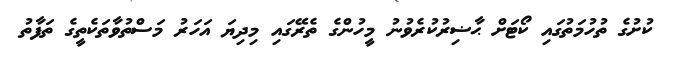
ކުށުގެ ތުހުމަތުގައި ކޯޓަށް ޙާޟިރުކުރެވުނު މީހުންގެ ތެރޭގައި މިދިޔަ އަހަރު މަސްތުވާތަކެތީގެ ތަފާތު